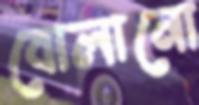
বোলানো